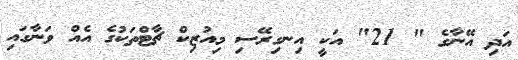
އަދި އޭނާގެ " 21" އަކީ އިނގިރޭސި މިއުޒިކް ޗާޓްތަކުގެ އެއް ވަނާގައި